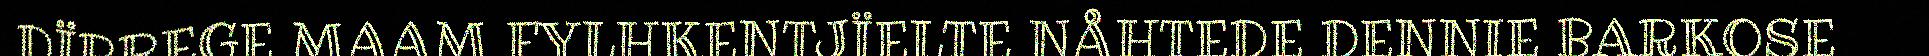
DÏRREGE MAAM FYLHKENTJÏELTE NÅHTEDE DENNIE BARKOSE